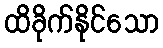
ထိခိုက်နိုင်သော